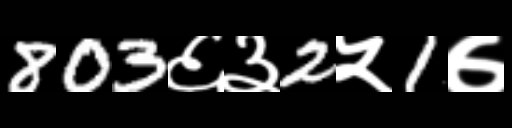
Text: 803६३2५1७